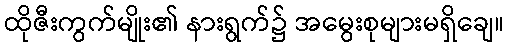
ထိုဇီးကွက်မျိုး၏ နားရွက်၌ အမွေးစုများမရှိချေ။